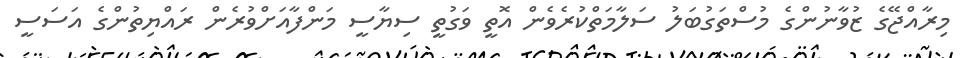
މިރާއްޖޭގެ ޒުވާނުންގެ މުސްތަގުބަލު ސަލާމަތްކުރެވެން އޮތީ ވަގުތީ ސިޔާސީ މަންފާއަށްވުރެން ރައްޔިތުންގެ އަސަސީ